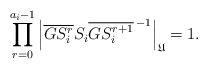
LaTeX: \begin{align*}\prod^{a_i-1}_{r=0}\left|\overline{GS^{r}_i}S_i {\overline{GS^{r+1}_i}\,}^{-1}\right|_\mathfrak{U}=1. \end{align*}